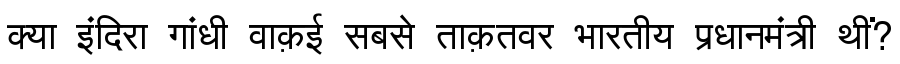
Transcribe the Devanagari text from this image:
क्या इंदिरा गांधी वाक़ई सबसे ताक़तवर भारतीय प्रधानमंत्री थीं?